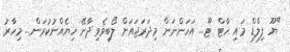
"ޔޫ ފިލްޑް މައި ހާޓް ޓޫ... އަހަންނަށް މިދަރަޖައަށް ލޯބިވެވިދާނޭ ހިޔެއްނުކުރަން... މިހާރު